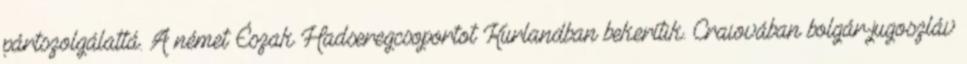
pártszolgálattá. A német Észak Hadseregcsoportot Kurlandban bekerítik. Craiovában bolgár-jugoszláv